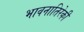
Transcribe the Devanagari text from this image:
भावनातिरेकी